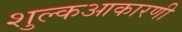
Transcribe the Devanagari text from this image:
शुल्कआकारणी